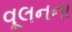
વૂલનના